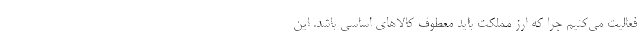
فعالیت می‌کنیم چرا که ارز مملکت باید معطوف کالاهای اساسی باشد. این